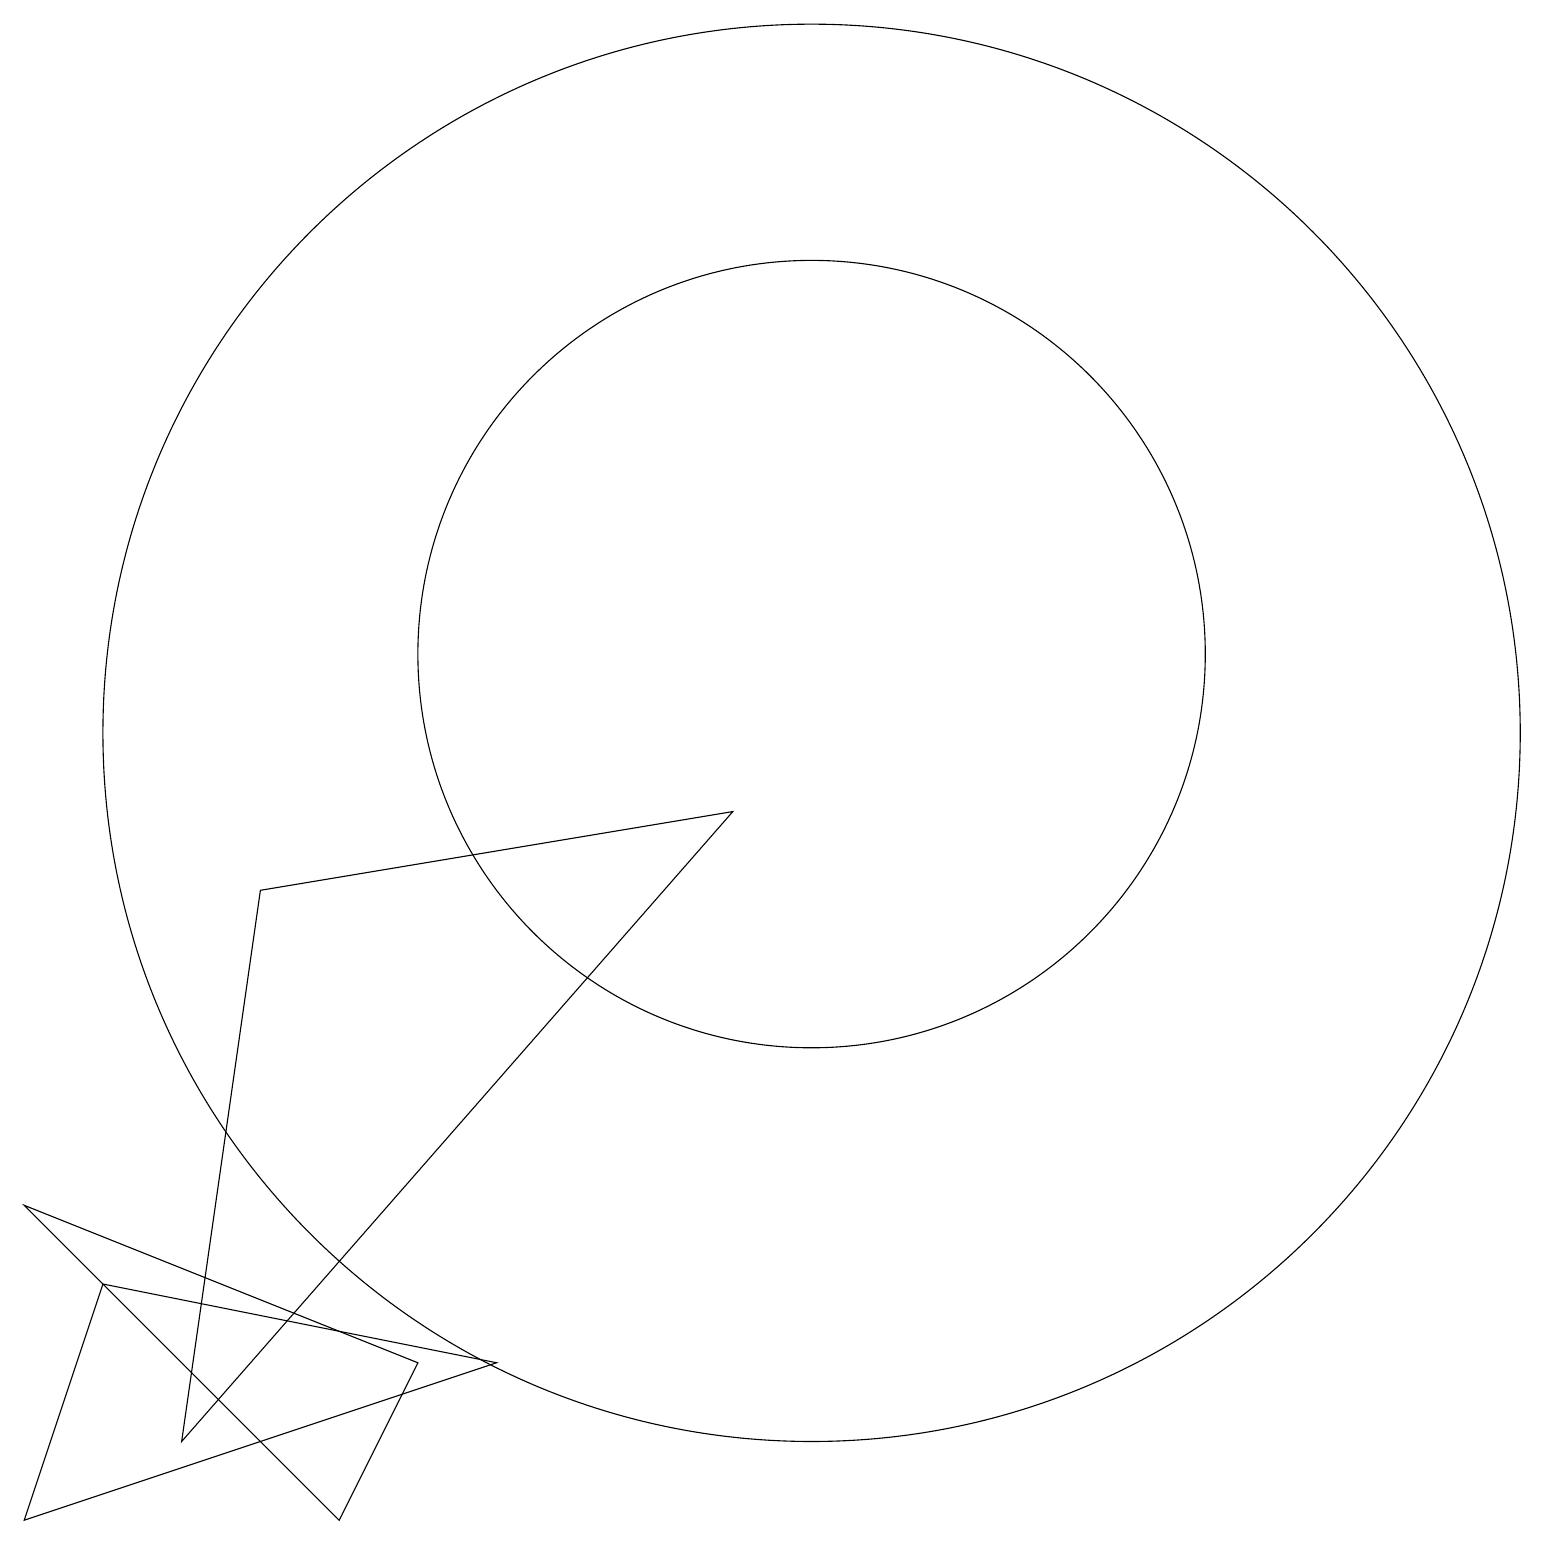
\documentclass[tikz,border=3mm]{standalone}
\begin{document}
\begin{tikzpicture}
\draw (6,2) -- (1,3) -- (0,0) -- cycle;
\draw (10,10) circle (9);
\draw (2,1) -- (9,9) -- (3,8) -- cycle;
\draw (4,0) -- (5,2) -- (0,4) -- cycle;
\draw (10,11) circle (5);
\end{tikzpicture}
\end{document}